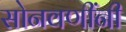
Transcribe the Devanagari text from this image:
सोनवणींनी